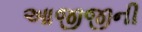
આજીજીની